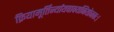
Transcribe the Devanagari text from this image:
क्रियामूर्तिर्न्यायवाक्यनियोजकः।